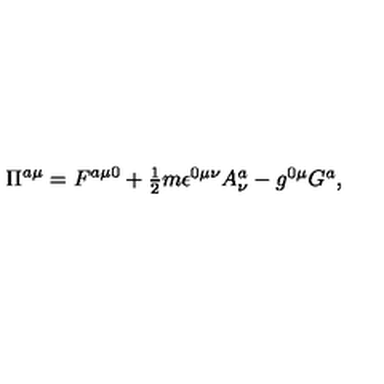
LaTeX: \Pi ^ { a \mu } = F ^ { a \mu 0 } + \textstyle { \frac { 1 } { 2 } } m \epsilon ^ { 0 \mu \nu } A _ { \nu } ^ { a } - g ^ { 0 \mu } G ^ { a } ,